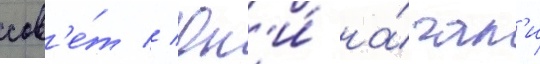
сов'е́т // Он'и́ на́чал'и